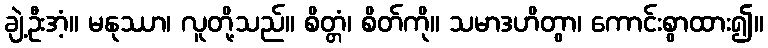
ချဲ့ဦးအံ့။ မနုဿာ၊ လူတို့သည်။ စိတ္တံ၊ စိတ်ကို။ သမာဒဟိတွာ၊ ကောင်းစွာထား၍။